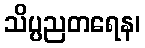
သိပ္ပညတရေန၊